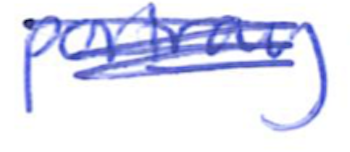
Text: portray
Cross-out: scratch
Writing tool: ballpoint